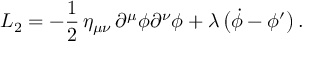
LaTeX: { \cal L } _ { 2 } = - { \frac { 1 } { 2 } } \, \eta _ { \mu \nu } \, \partial ^ { \mu } \phi \partial ^ { \nu } \phi + \lambda \, \bigl ( \dot { \phi } - \phi ^ { \prime } \bigr ) \, .